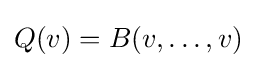
Q(v)=B(v,\ldots ,v)